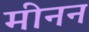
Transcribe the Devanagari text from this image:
मीनन